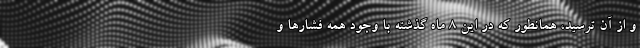
و از آن ترسید، همانطور که در این ۸ ماه گذشته با وجود همه فشارها و